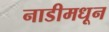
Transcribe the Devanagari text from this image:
नाडीमधून